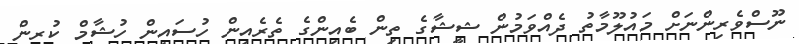
ނޫސްވެރިންނަށް މައުލޫމާތު ދެއްވަމުން ޝީޝާގެ ތިން ބެއިންގެ ތެރެއިން ހުސައިން ހުޝާމް ކުރިން